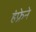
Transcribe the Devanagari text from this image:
हंफ्रेने